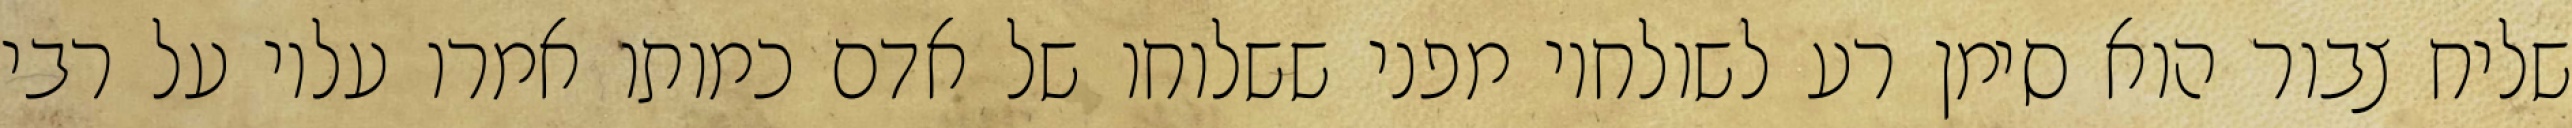
שליח צבור הוא סימן רע לשולחיו מפני ששלוחו של אדם כמותו אמרו עליו על רבי